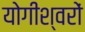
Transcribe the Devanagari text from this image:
योगीश्वरों